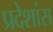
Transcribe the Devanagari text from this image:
प्रदेशांस